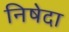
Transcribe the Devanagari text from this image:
निषेदा